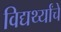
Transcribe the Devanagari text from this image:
विद्यर्थ्यांचे